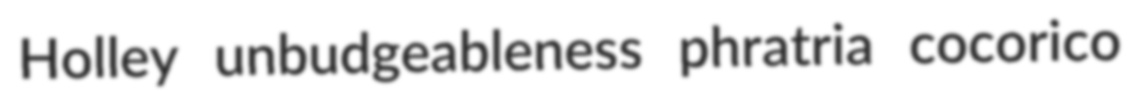
Holley unbudgeableness phratria cocorico